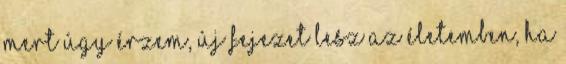
mert úgy érzem, új fejezet lesz az életemben, ha